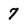
Character: 7